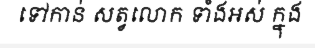
ទៅកាន់ សត្វលោក ទាំងអស់ ក្នុង